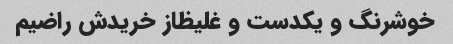
خوشرنگ و یکدست و غلیظاز خریدش راضیم